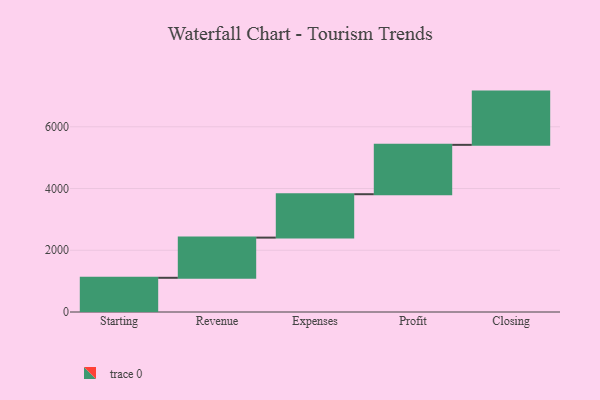
{"axis": {"x": "Step", "y": "Value"}, "legend": [""], "data": [{"x": "Starting", "y": 1108.0, "type": ""}, {"x": "Revenue", "y": 1302.0, "type": ""}, {"x": "Expenses", "y": 1406.0, "type": ""}, {"x": "Profit", "y": 1599.0, "type": ""}, {"x": "Closing", "y": 1725.0, "type": ""}]}